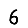
Digit: 6